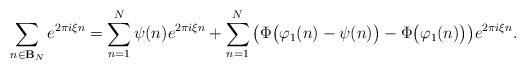
LaTeX: \begin{align*}\sum_{n\in\mathbf{B}_N}e^{2\pi i \xi n}=\sum_{n=1}^N\psi(n)e^{2\pi i \xi n}+\sum_{n=1}^N\big(\Phi\big(\varphi_1(n)-\psi(n) \big)-\Phi\big(\varphi_1(n)\big)\big)e^{2\pi i \xi n}.\end{align*}